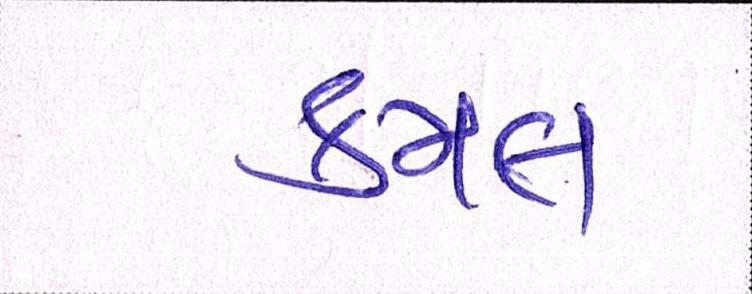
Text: કમલ